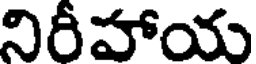
నిరీహాయ